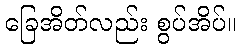
ခြေအိတ်လည်း စွပ်အိပ်။